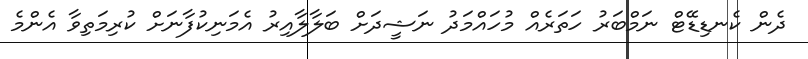
ދެން ކެނޑިޑޭޓް ނަމްބަރު ހަތަރެއް މުހައްމަދު ނަޝީދަށް ބަލާލާއިރު އެމަނިކުފާނަށް ކުރިމަތިވާ އެންމެ